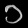
Digit: ၁